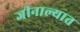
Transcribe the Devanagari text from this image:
जीनाल्यात